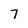
Character: 7